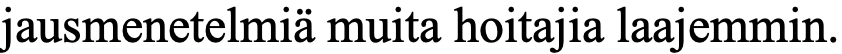
jausmenetelmiä muita hoitajia laajemmin.